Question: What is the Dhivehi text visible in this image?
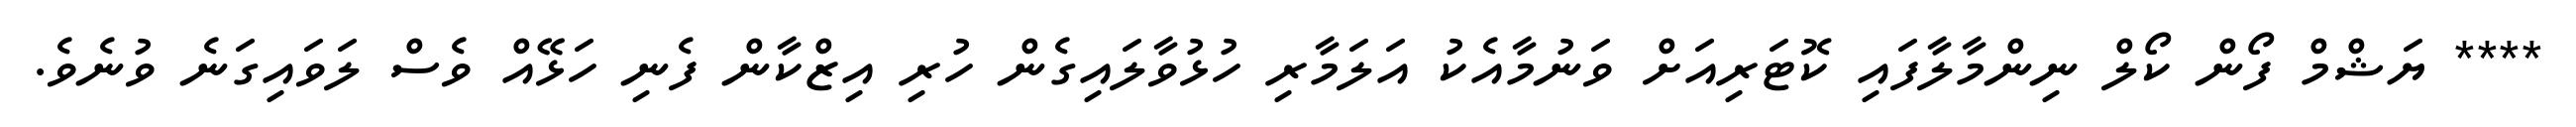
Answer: **** ޔަޝްމް ފޯން ކޯލް ނިންމާލާފައި ކޮޓަރިއަށް ވަނުމާއެކު އަލަމާރި ހުޅުވާލައިގެން ހުރި އިޒްކާން ފެނި ހަޅޭއް ވެސް ލަވައިގަނެ ވުނެވެ.